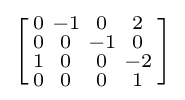
\left[{\begin{smallmatrix}0&-1&0&2\\0&0&-1&0\\1&0&0&-2\\0&0&0&1\\\end{smallmatrix}}\right]